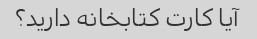
آیا کارت کتابخانه دارید؟